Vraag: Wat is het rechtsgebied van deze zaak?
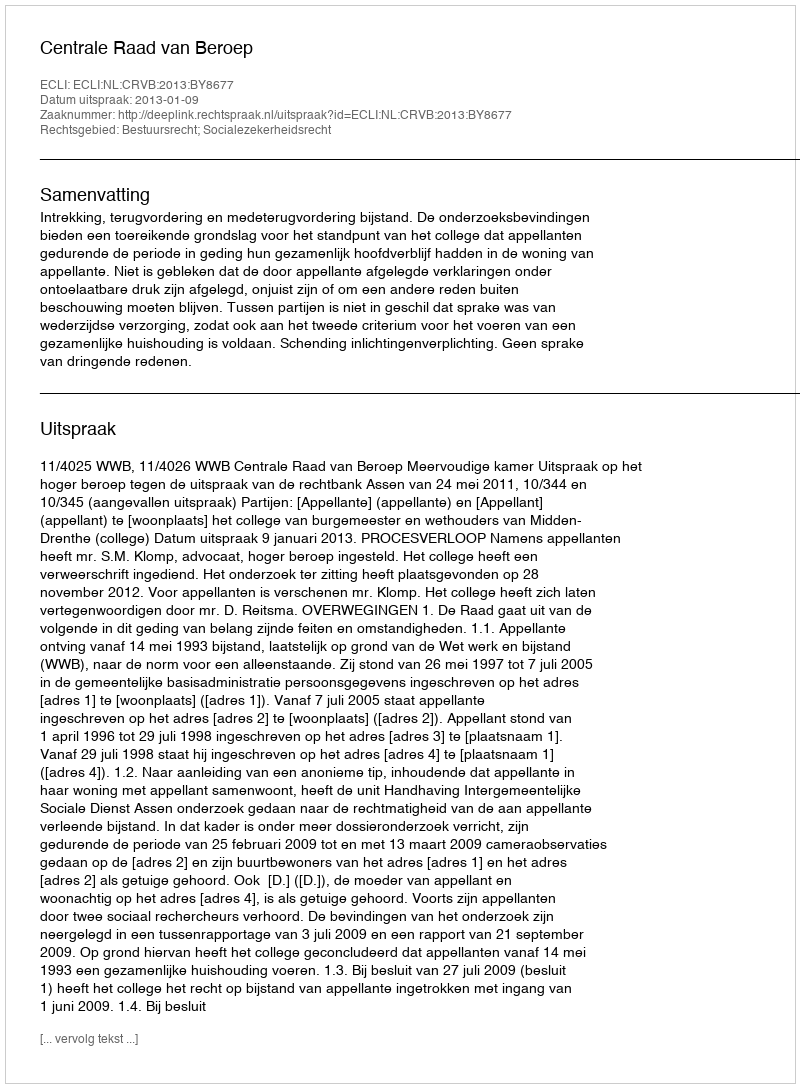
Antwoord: Bestuursrecht; Socialezekerheidsrecht